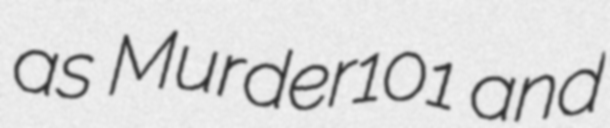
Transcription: as Murder101 and